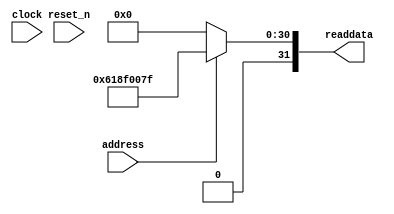
module lab61soc_sysid_qsys_0 (
               // inputs:
                address,
                clock,
                reset_n,

               // outputs:
                readdata
             )
;

  output  [ 31: 0] readdata;
  input            address;
  input            clock;
  input            reset_n;

  wire    [ 31: 0] readdata;
  //control_slave, which is an e_avalon_slave
  assign readdata = address ? 1636761727 : 0;

endmodule